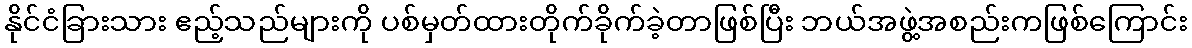
နိုင်ငံခြားသား ဧည့်သည်များကို ပစ်မှတ်ထားတိုက်ခိုက်ခဲ့တာဖြစ်ပြီး ဘယ်အဖွဲ့အစည်းကဖြစ်ကြောင်း